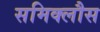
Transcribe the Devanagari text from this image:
समिक्लौस